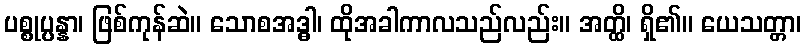
ပစ္စုပ္ပန္နာ၊ ဖြစ်ကုန်ဆဲ။ သောစအဒ္ဓါ၊ ထိုအခါကာလသည်လည်း။ အတ္ထိ၊ ရှိ၏။ ယေသတ္တာ၊